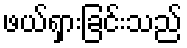
ဖယ်ရှားခြင်းသည်